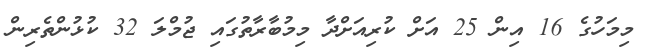
މިމަހުގެ 16 އިން 25 އަށް ކުރިއަށްދާ މިމުބާރާތުގައި ޖުމްލަ 32 ކުޅުންތެރިން